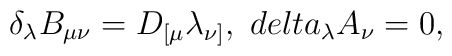
\delta_\lambda B_{\mu\nu}= D_{[\mu}\lambda_{\nu]},\ \ \\delta_\lambda A_{\nu}=0,